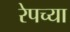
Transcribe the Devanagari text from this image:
रेपच्या